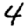
Digit: 4